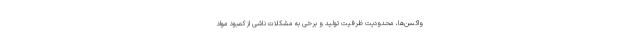
واکسن‌ها، محدودیت ظرفیت تولید و برخی به مشکلات ناشی از کمبود مواد